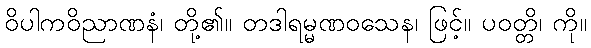
ဝိပါကဝိညာဏနံ၊ တို့၏။ တဒါရမ္မဏဝသေန၊ ဖြင့်။ ပဝတ္တိ၊ ကို။